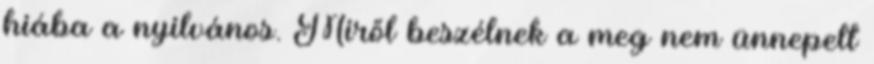
hiába a nyilvános. Miről beszélnek a meg nem ünnepelt